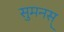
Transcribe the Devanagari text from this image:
सुमनस्